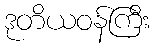
ဒုတိယဝန်ကြီး